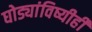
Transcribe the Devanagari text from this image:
घोड्यांविष्यीही